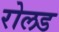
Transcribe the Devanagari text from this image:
रोलड